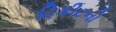
ટિકીટનો